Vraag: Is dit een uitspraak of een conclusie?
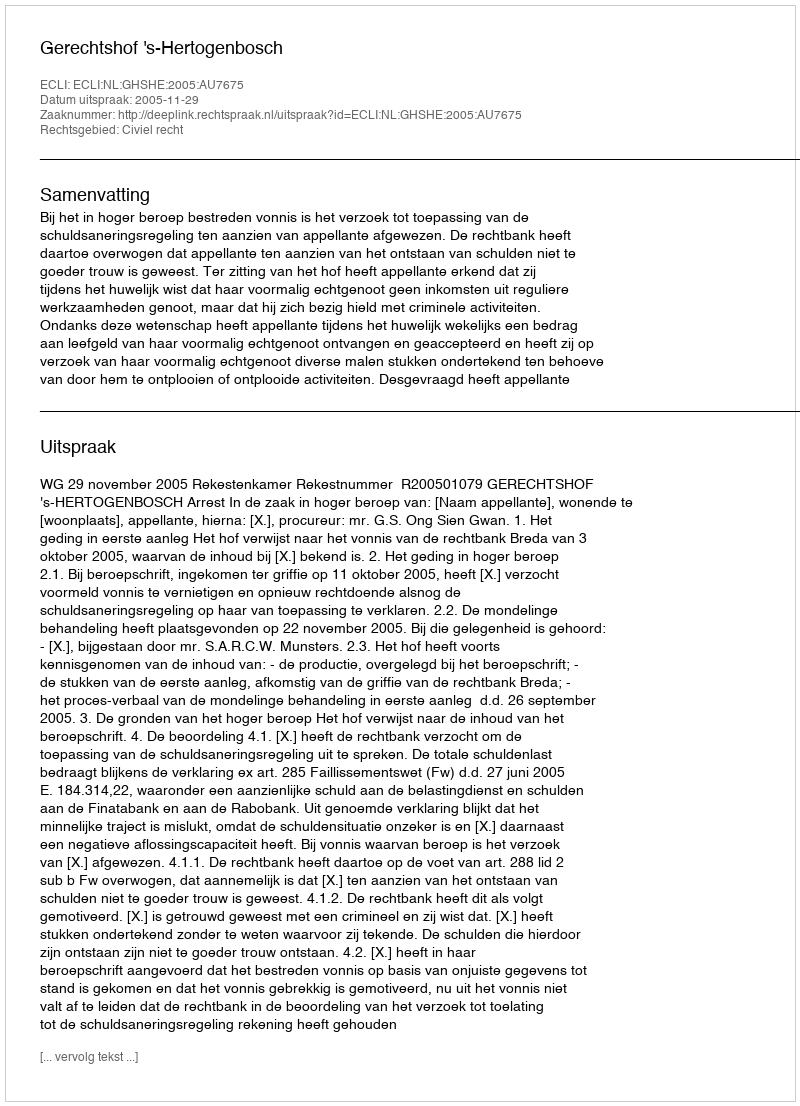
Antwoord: Uitspraak